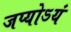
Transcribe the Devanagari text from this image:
जप्योऽयं